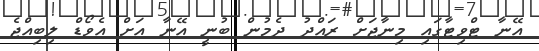
އޭނާ ޓްވިޓާގައި މިނާޖަށް ރައްދު ދެމުން ބުނީ އޭނާ އަށް އެވޯޑް ލިބިއްޖެ